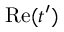
\mathrm { R e } ( t ^ { \prime } )